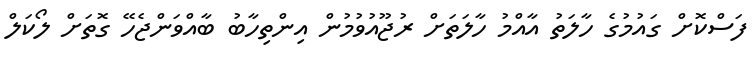
ފަސްކޮށް ގައުމުގެ ހާލަތު އާއްމު ހާލަތަށް ރުޖޫއުވުމުން އިންތިހާބު ބާއްވަންޖެހޭ ގޮތަށް ލޯކަލް